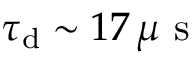
\ensuremath { \tau _ { \mathrm { d } } } \sim 1 7 \, \mu \mathrm { ~ s ~ }